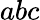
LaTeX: abc